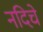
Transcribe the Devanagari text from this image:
नदिचे